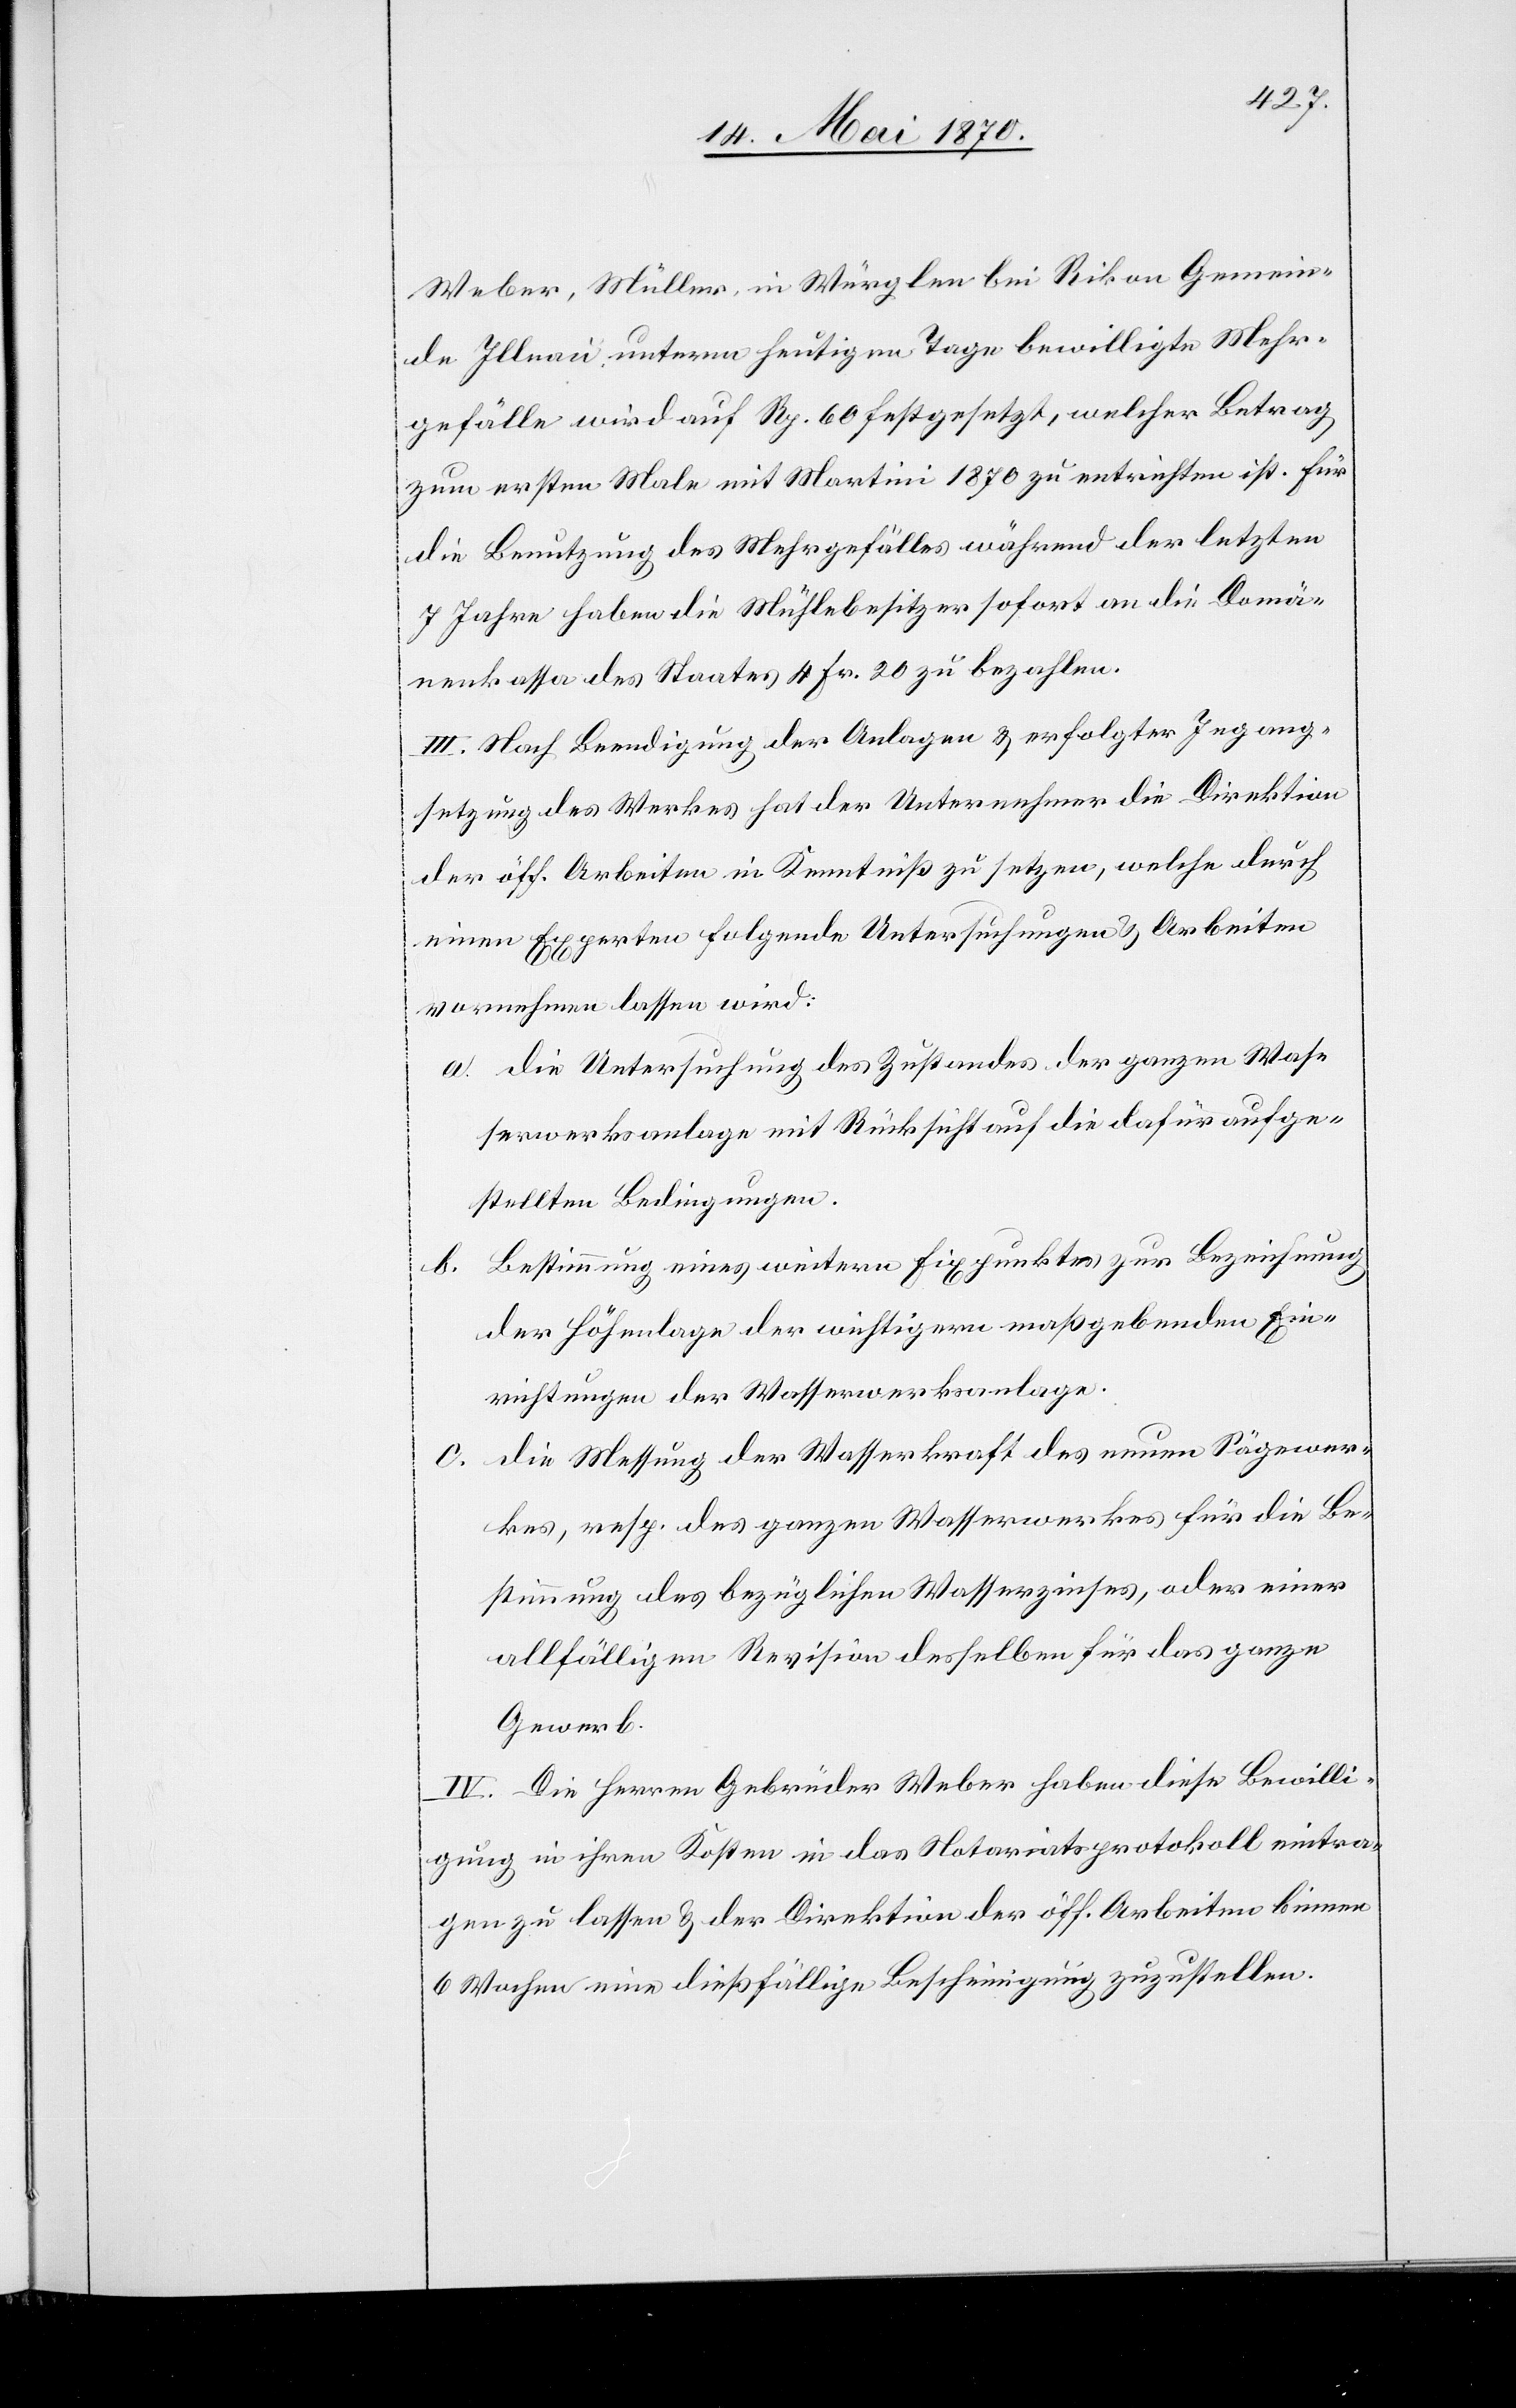
Weber, Müller, in Würglen bei Rikon[,] Gemein¬
de Illnau unterm heutigen Tage bewilligte Mehr¬
gefälle wird auf Rp. 60 festgesetzt, welcher Betrag
zum ersten Male mit Martini 1870 zu entrichten ist. Für
die Benutzung des Mehrgefälles während der letzten
7 Jahre haben die Mühlebesitzer sofort an die Domä¬
nenkasse des Staates 4 Fr. 20 zu bezahlen.
III. Nach Beendigung der Anlagen & erfolgter Ingang¬
setzung des Werkes hat der Unternehmer die Direktion
der öff. Arbeiten in Kenntniß zu setzen, welche durch
einen Experten folgende Untersuchungen & Arbeiten
vornehmen lassen wird:
a. die Untersuchung des Zustandes der ganzen Was¬
serwerksanlage mit Rücksicht auf die dafür aufge¬
stellten Bedingungen.
b. Bestimmung eines weitern Fixpunktes zur Bezeichnung
der Höhenlage der wichtigern maßgebenden Ein¬
richtungen der Wasserwerksanlage.
c. die Messung der Wasserkraft des neuen Sägewer¬
kes, resp. des ganzen Wasserwerkes für die Be¬
stimmung des bezüglichen Wasserzinses, oder eines
allfälligen Revision desselben für das ganze
Gewerbe.
IV. Die Herren Gebrüder Weber haben diese Bewilli¬
gung in ihren Kosten in das Notariatsprotokoll eintra¬
gen zu lassen & der Direktion der öff. Arbeiten binnen
6 Wochen eine dießfällige Bescheinigung zuzustellen.